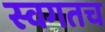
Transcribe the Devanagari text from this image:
स्वगतच